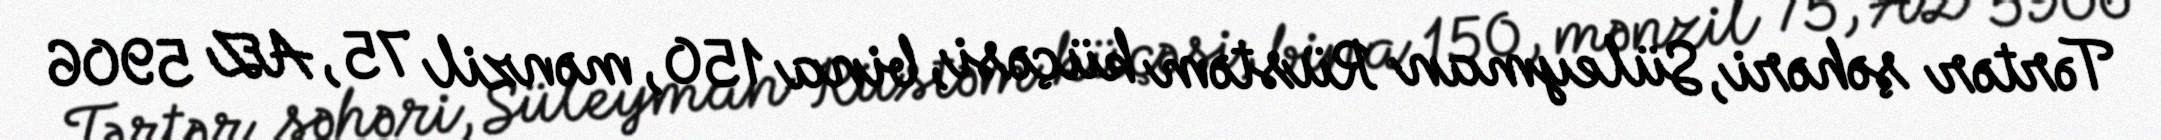
Tərtər şəhəri, Süleyman Rüstəm küçəsi, bina 150, mənzil 75, AZ 5906